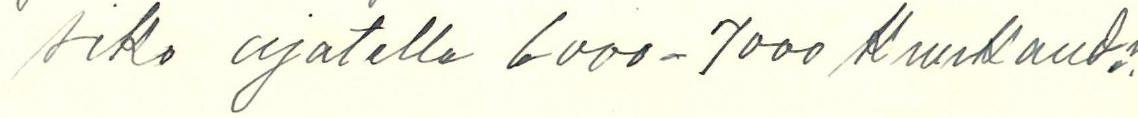
siko ajatella 6000-7000 kuukaud.?